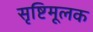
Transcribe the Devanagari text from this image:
सृष्टिमूलक